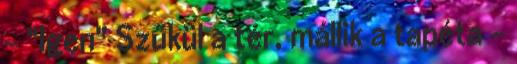
- "Igen" Szűkül a tér, mállik a tapéta -